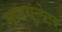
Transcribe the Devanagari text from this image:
माडयुलेटर